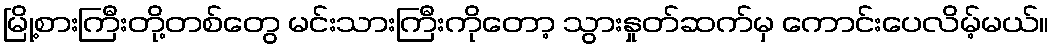
မြို့စားကြီးတို့တစ်တွေ မင်းသားကြီးကိုတော့ သွားနှုတ်ဆက်မှ ကောင်းပေလိမ့်မယ်။